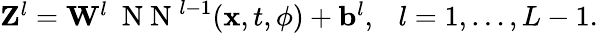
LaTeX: \begin{array}{r}{{\mathbf Z}^{l}={\mathbf W}^{l}~\mathrm{~N~N~}^{l-1}({\mathbf x},t,{\mathbf\phi})+{\mathbf b}^{l},~~~l=1,\ldots,L-1.}\end{array}